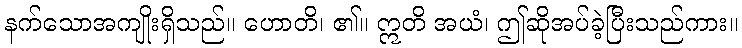
နက်သောအကျိုးရှိသည်။ ဟောတိ၊ ၏။ ဣတိ အယံ၊ ဤဆိုအပ်ခဲ့ပြီးသည်ကား။